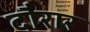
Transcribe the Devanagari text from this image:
दौरार